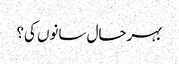
بہرحال سانوں کی؟